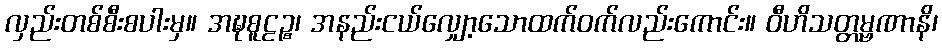
လှည်းတစ်စီးစပါးမှ။ အဍ္ဎစူဠဉ္စ၊ အနည်းငယ်လျှော့သောထက်ဝက်လည်းကောင်း။ ဝီဟိသတ္တမ္ဗဏာနိ၊